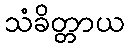
သံခိတ္တာယ